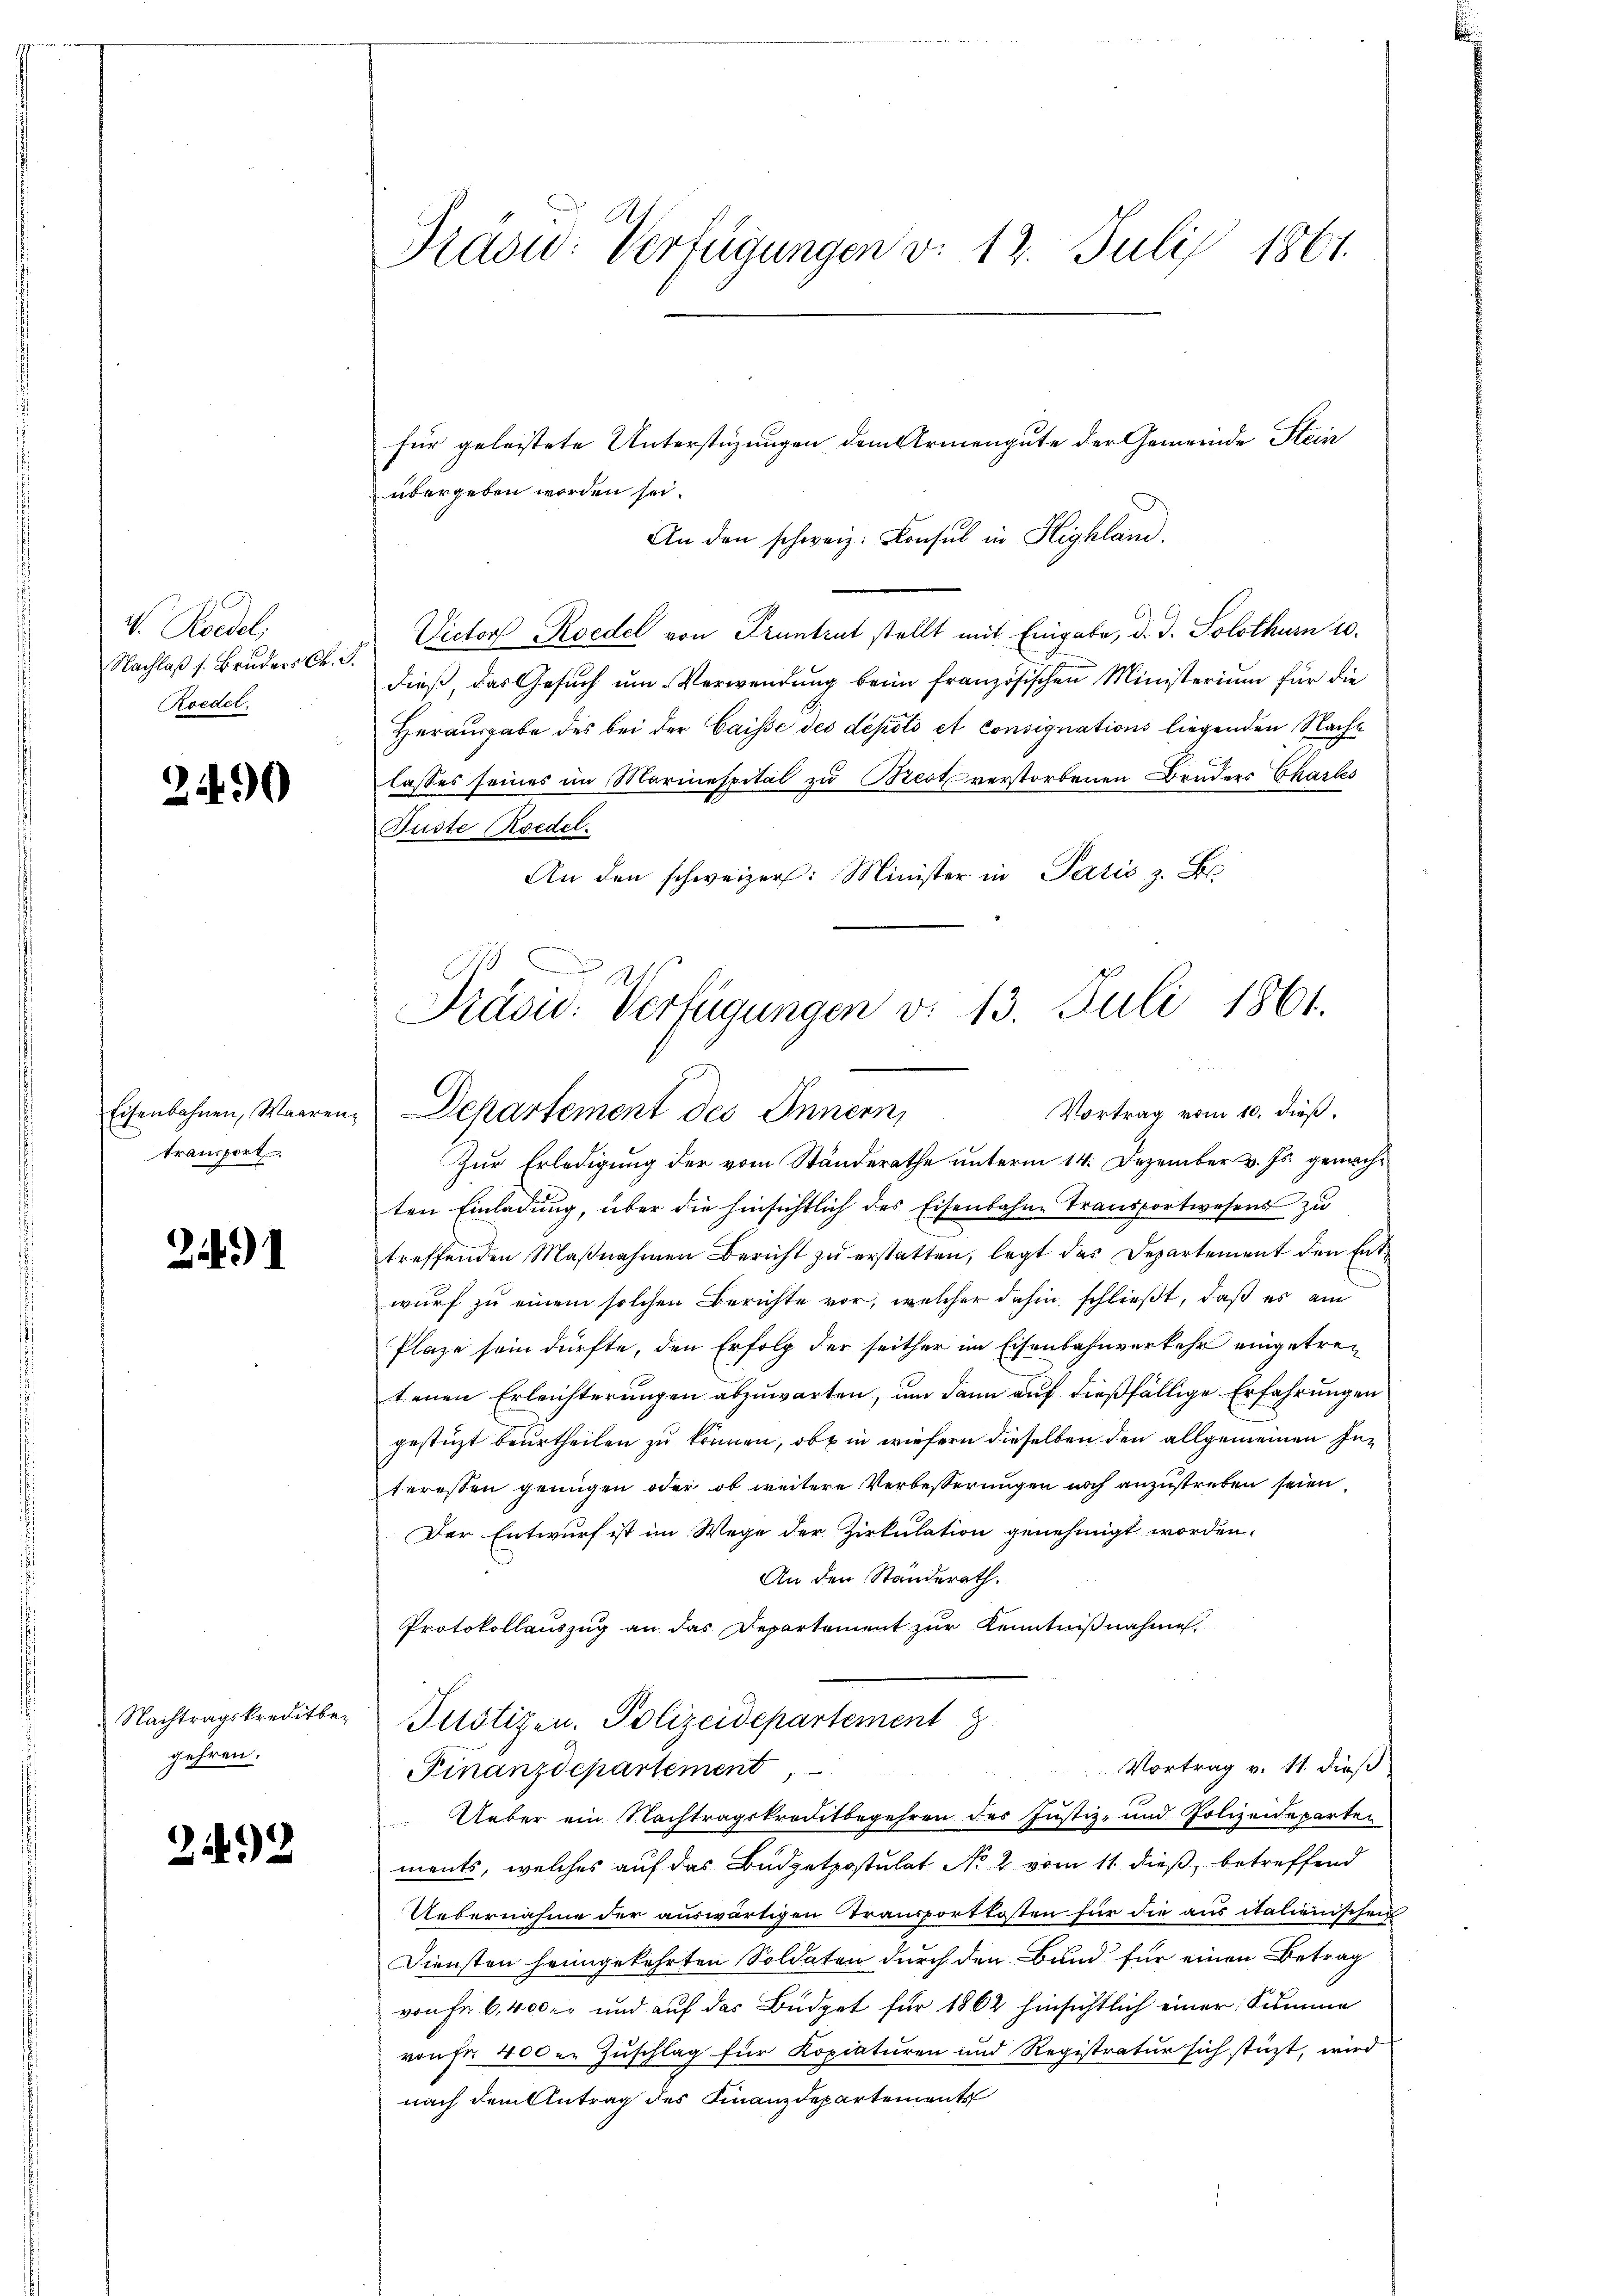
V. Roedel,
Nachlaß s. Bruders Ch. S.
Roedel.

2490

Eisenbahnen, Waarentransport

24)

Nachtragskreditbegehren.

242

Präsid. Verfügungen v. 12. Juli 1861.

für geleistete Unterstüzungen dem Armengute der Gemeinde Stein
übergeben worden sei.
An den schweiz. Konsul in Highlan.
Victor Roedel von Pruntrut stellt mit Eingabe, d. J. Solothurn 10.
dieß, das Gesuch um Verwendung beim französischen Ministerium für die
Herausgabe des bei der Caisse des depots et consignations liegenden Nachlasses seines im Marinespital zu Brest verstorbenen Bruders Charles
Fuste Roedel.
An den schweizer: Minister in Paris z. B.

E
Präsid. Verfügungen v. 13. Juli 1861.
u
Vortrag vom 10. dieß,
Departement des Innern,

Zur Erledigung der vom Standerathe unterm 14. Dezember v. Js. gemachten Einladung, über die hinsichtlich des Eisenbahne Transportwesens zu
treffenden Maβnahmen Bericht zŭ erstatten, legt das Departement den Entwurf zu einem solchen Berichte vor, welcher dahin schließt, daß es ein
Plaze sein dürfte, den Erfolg der seither im Eisenbahnverkehr eingetretenen Erleichterungen abzuwarten, um dann auf dießfällige Erfahrungen
gestüzt beurtheilen zu können, ob in wiefern dieselben den allgemeinen Interessen genügen oder ob weitere Verbesserungen noch anzustreben seien,
Der Entwurf ist im Wege der Zirkulation genehmigt worden.
An den Ständerath.
Protokollauszug an das Departement zur Kenntnißnahme
Plötizen. Polizeidepartement
Vortrag v. 11. dieß
Finanzdepartement,
Ueber ein Nachtragskreditbegehren des Justiz- und Polizeideparten
ments, welches auf das Budgetpostulat No 2 vom 11. dieß, betreffend
Uebernahme der auswärtigen Transportkosten für die aus italienischen
Diensten heimgekehrten Soldaten durch den Bund für einen Betrag
von fr 6,400 kr und auf das Büdget für 1862 hinsichtlich einer Summe
von fr. 400 er Zuschlag für Kopiaturen und Registratur sich stüzt, wird
nach dem Antrag des Finanzdepartements